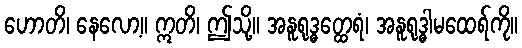
ဟောတိ၊ နေလော့။ ဣတိ၊ ဤသို့။ အနူရုဒ္ဓတ္ထေရံ၊ အနူရုဒ္ဓါမထေရ်ကို။